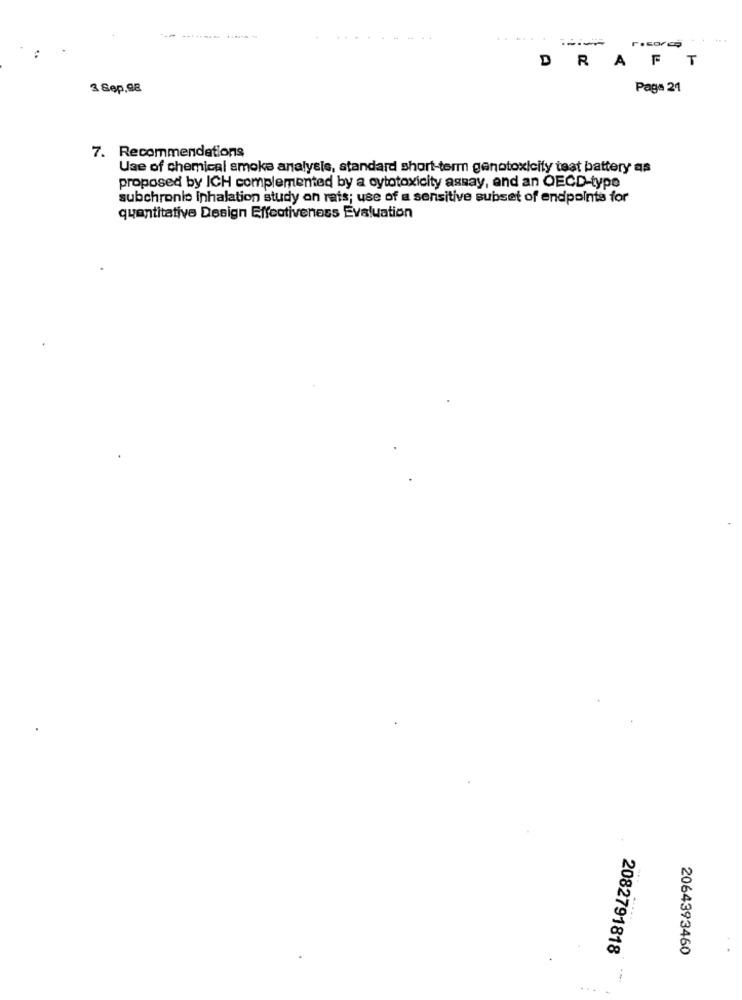
DRAFT
3 Sep,98
Page 21
7. Recommendations
Use of chemical smoke analysis, standard short-term genotoxicity teat battery as
proposed by ICH complemented by a cytotoxicity assay, and an OECD-type
subchronie inhalation study on rats; use of a sensitive subset of endpoints for
quantitative Design Effectiveness Evaluation
2082791818
2064393460